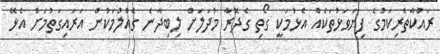
ރައްކާތެރިކަމުގެ ފިޔަވަޅުތަކެއް އެޅުމަކީ ގޯތި ގެދޮރާ މުދަލަށް ލިބިދާނެ ގެއްލުމަކުން އަރައިގަތުމަށް އެޅޭ